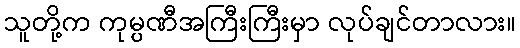
သူတို့က ကုမ္ပဏီအကြီးကြီးမှာ လုပ်ချင်တာလား။